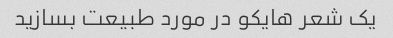
یک شعر هایکو در مورد طبیعت بسازید